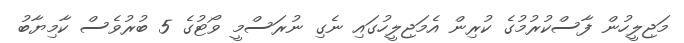
މަޖިލީހުން ފާސްކުރުމުގެ ކުރިން އެމަޖިލީހުގައި ނެގި ނުރަސްމީ ވޯޓުގެ 5 ބުރުވެސް ކާމިޔާބު